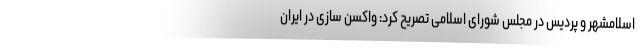
اسلامشهر و پردیس در مجلس شورای اسلامی تصریح کرد: واکسن سازی در ایران